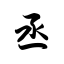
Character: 丞